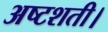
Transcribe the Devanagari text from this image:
अष्टशती।